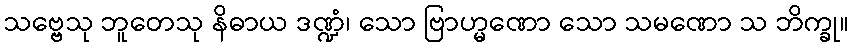
သဗ္ဗေသု ဘူတေသု နိဓာယ ဒဏ္ဍံ၊ သော ဗြာဟ္မဏော သော သမဏော သ ဘိက္ခု။